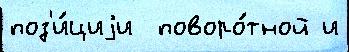
поз'и́циjи  поворо́тной и